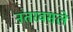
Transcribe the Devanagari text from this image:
नंतरवसले